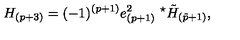
H _ { ( p + 3 ) } = ( - 1 ) ^ { ( p + 1 ) } e _ { ( p + 1 ) } ^ { 2 } \ { } ^ { \star } \tilde { H } _ { ( \tilde { p } + 1 ) } ,